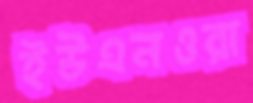
ইউএনওরা